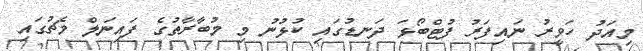
މިއަދު ހަވީރު ނައިފަރު ފުޓްބޯޅަ ދަނޑުގައި ކުޅުނު މި މުބާރާތުގެ ފައިނަލް މެޗުގައި